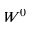
W ^ { 0 }